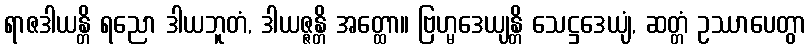
ရာဇဒါယန္တိ ရညော ဒါယဘူတံ, ဒါယဇ္ဇန္တိ အတ္ထော။ ဗြဟ္မဒေယျန္တိ သေဋ္ဌဒေယျံ, ဆတ္တံ ဥဿာပေတွာ